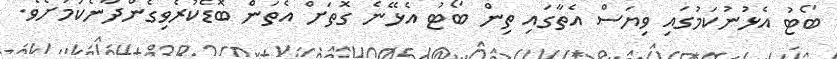
ބޯޓު އެޅުނުކަމުގައި ވިޔަސް އެތާގައި ތިން ބޯޓު އެޅޭނެ ގޮތަށް އެތަން ބޮޑެކުރެވިގެންދާނެކަމަށެވެ.